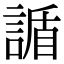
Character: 䛻